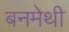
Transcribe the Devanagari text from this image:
बनमेथी